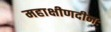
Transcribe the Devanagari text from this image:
महाक्षीणदीनः